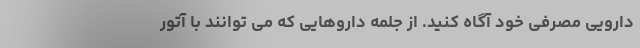
دارویی مصرفی خود آگاه کنید. از جلمه داروهایی که می توانند با آتور